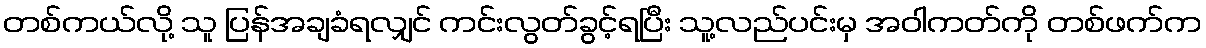
တစ်ကယ်လို့ သူ ပြန်အချခံရလျှင် ကင်းလွတ်ခွင့်ရပြီး သူ့လည်ပင်းမှ အဝါကတ်ကို တစ်ဖက်က